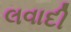
લવાદી